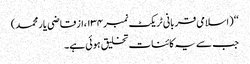
‘‘ (اسلامی قربانی ٹریکٹ نمبر۱۳۴،ازقاضی یار محمد)
جب سے یہ کائنات تخلیق ہوئی ہے۔